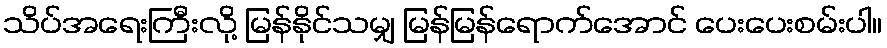
သိပ်အရေးကြီးလို့ မြန်နိုင်သမျှ မြန်မြန်ရောက်အောင် ပေးပေးစမ်းပါ။